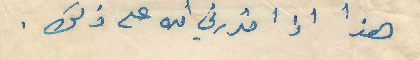
هذا اذا قدرني الله على ذلك .